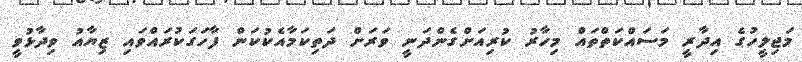
މަޖިލީހުގެ އިދާރީ މަސައްކަތްތައް މިހާރު ކުރިއަށްގެންދަނީ ވަރަށް ދަތިކަމާއެކުކަން ފާހަގަކުރައްވައި ޒިޔާއު ވިދާޅުވީ